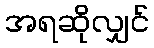
အရဆိုလျှင်